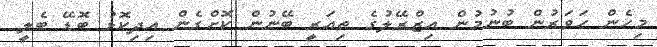
މިހެން ހަވަރުން ބުނުމުން އިޒްރޭލުގެ ތިއަރީ ބޭނުން ކޮށްގެން އިދިކޮޅު ބޮޑޭ ބެލީ